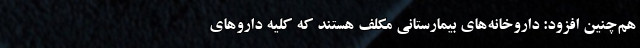
هم‌چنین افزود: داروخانه‌های بیمارستانی مکلف هستند که کلیه داروهای